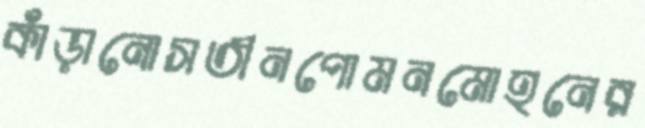
কাঁড়ানোসতীনপোমনমোহনের